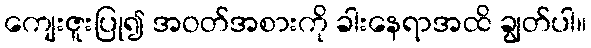
ကျေးဇူးပြု၍ အဝတ်အစားကို ခါးနေရာအထိ ချွတ်ပါ။